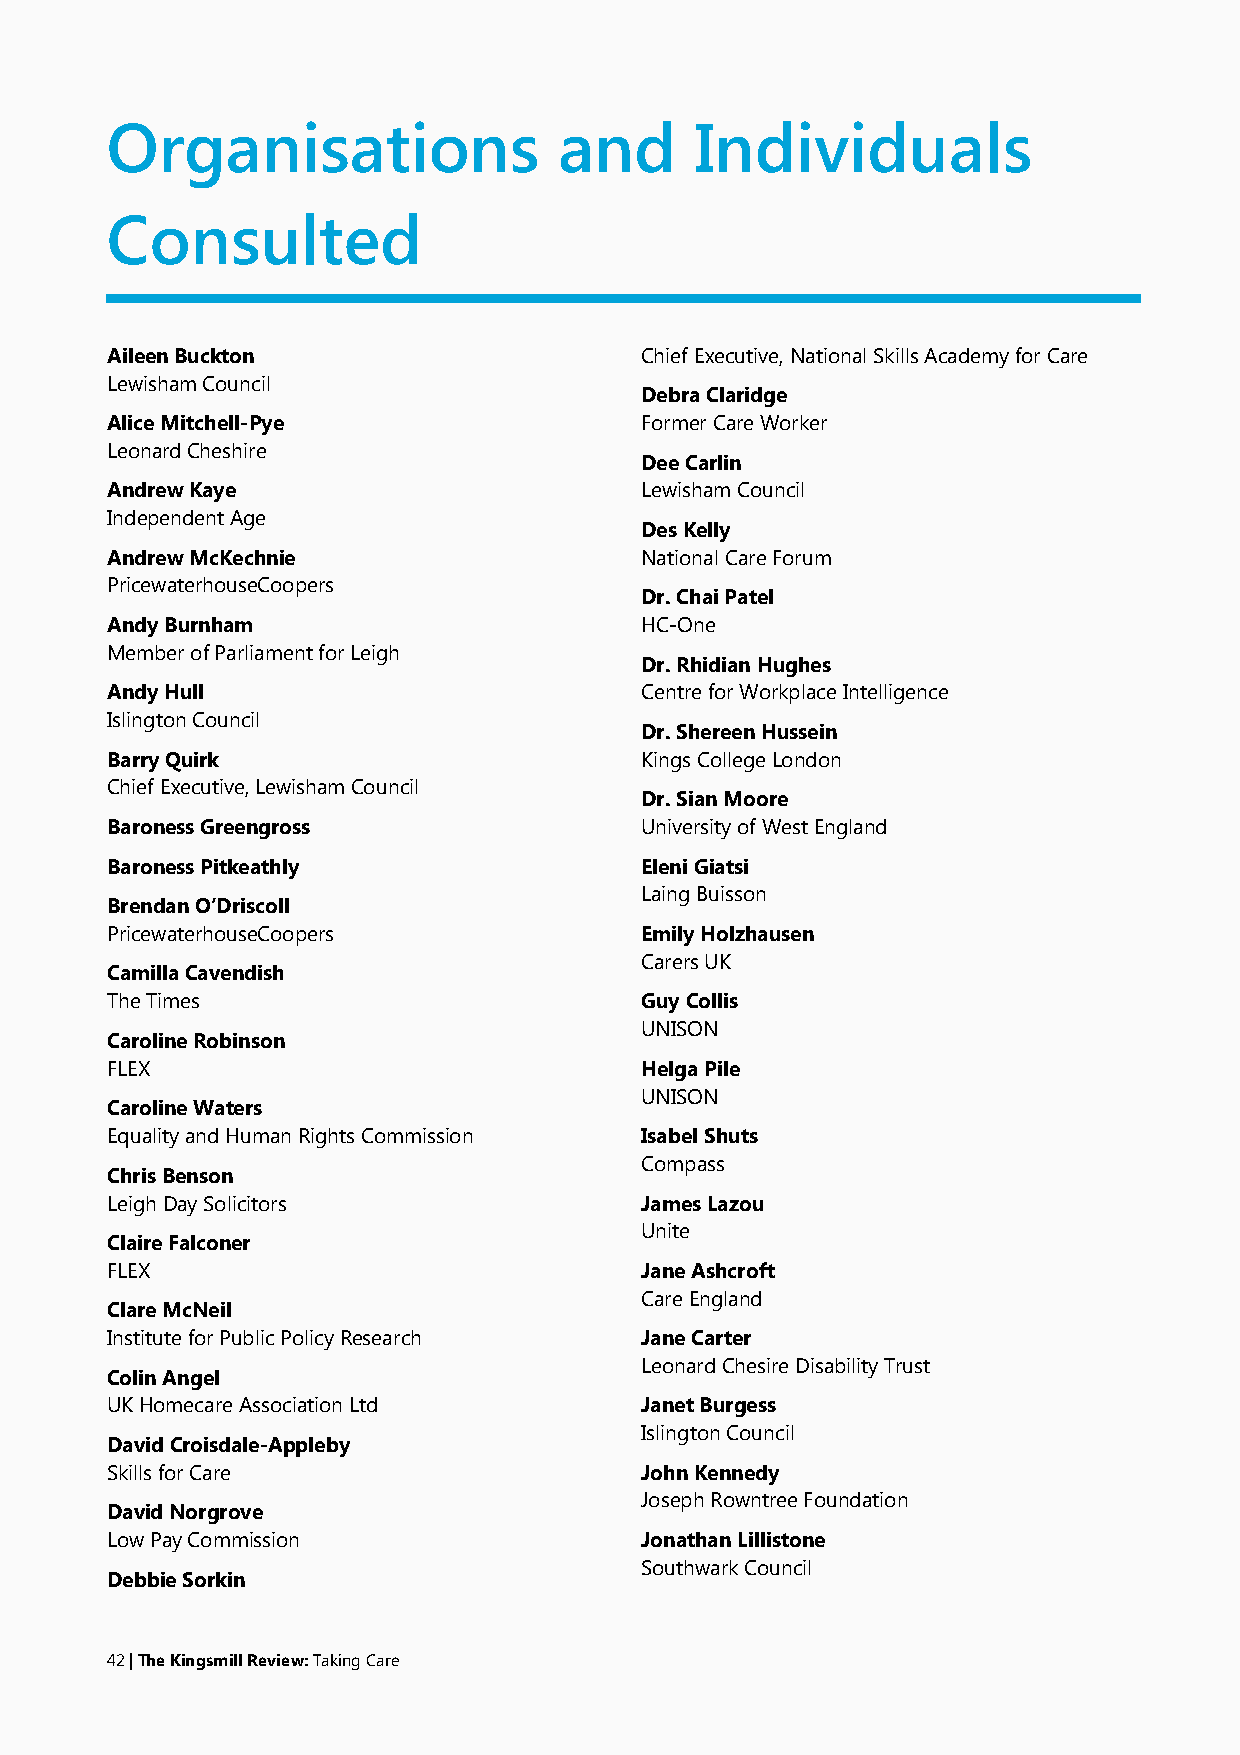
Organisations                 and      Individuals
 Consulted
 AileenBuckton                      ChiefExecutive,NationalSkillsAcademyforCare
 LewishamCouncil
 DebraClaridge
 AliceMitchell-Pye                  FormerCareWorker
 LeonardCheshire
 DeeCarlin
 AndrewKaye                         LewishamCouncil
 IndependentAge
 DesKelly
 AndrewMcKechnie                    NationalCareForum
 PricewaterhouseCoopers
 Dr.ChaiPatel
 AndyBurnham                        HC-One
 MemberofParliamentforLeigh
 Dr.RhidianHughes
 AndyHull                           CentreforWorkplaceIntelligence
 IslingtonCouncil
 Dr.ShereenHussein
 BarryQuirk                         KingsCollegeLondon
 ChiefExecutive,LewishamCouncil
 Dr.SianMoore
 BaronessGreengross                 UniversityofWestEngland
 BaronessPitkeathly                 EleniGiatsi
 LaingBuisson
 BrendanO’Driscoll
 PricewaterhouseCoopers             EmilyHolzhausen
 CarersUK
 CamillaCavendish
 TheTimes                           GuyCollis
 UNISON
 CarolineRobinson
 FLEX                               HelgaPile
 UNISON
 CarolineWaters
 EqualityandHumanRightsCommission   IsabelShuts
 Compass
 ChrisBenson
 LeighDaySolicitors                 JamesLazou
 Unite
 ClaireFalconer
 FLEX                               JaneAshcroft
 CareEngland
 ClareMcNeil
 InstituteforPublicPolicyResearch   JaneCarter
 LeonardChesireDisabilityTrust
 ColinAngel
 UKHomecareAssociationLtd           JanetBurgess
 IslingtonCouncil
 DavidCroisdale-Appleby
 SkillsforCare                      JohnKennedy
 JosephRowntreeFoundation
 DavidNorgrove
 LowPayCommission                   JonathanLillistone
 SouthwarkCouncil
 DebbieSorkin
 42|TheKingsmillReview:TakingCare